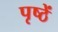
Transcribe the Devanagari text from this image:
पृष्ठें